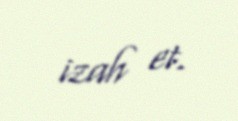
izah et.